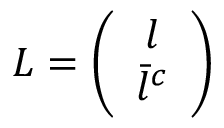
L = \left( \begin{array} { c } { { l } } \\ { { \bar { l } ^ { c } } } \end{array} \right)